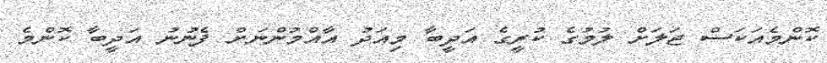
ކޮންމެއަކަސް ޖަލަށް ލުމުގެ ކުރީގެ އަދީބާ މިއަދު އާއްމުންނަށް ފެނުނު އަދީބާ ކޮންމެ